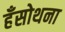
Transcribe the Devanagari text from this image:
हँसोथना